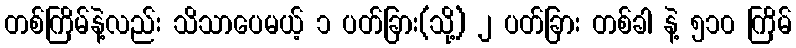
တစ်ကြိမ်နဲ့လည်း သိသာပေမယ့် ၁ ပတ်ခြား(သို့) ၂ ပတ်ခြား တစ်ခါ နဲ့ ၅၁၀ ကြိမ်